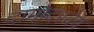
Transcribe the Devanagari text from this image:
दामोदरदेव